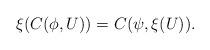
LaTeX: \begin{align*}\xi(C(\phi,U))=C(\psi,\xi(U)).\end{align*}